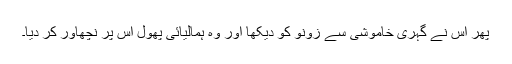
پھر اس نے گہری خاموشی سے زونو کو دیکھا اور وہ ہمالیائی پھول اس پر نچھاور کر دیا۔